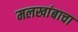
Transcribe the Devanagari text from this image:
मलखांबाचा